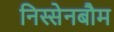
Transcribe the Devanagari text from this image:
निस्सेनबौम